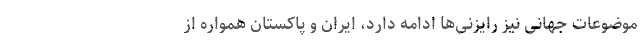
موضوعات جهانی نیز رایزنی‌ها ادامه دارد، ایران و پاکستان همواره از